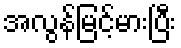
အလွန်မြင့်မားပြီး